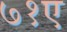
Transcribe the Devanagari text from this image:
७१ए